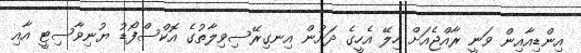
އިންޑިއާއިން ވަނީ ރާއްޖެއަށް ހިލޭ އެހީގެ ދަށުން އިނގިރޭސިވިލާތުގެ އޮކްސްފޯޑު ޔުނިވާސިޓީ އާއި